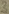
Text: 3